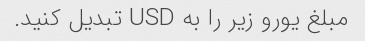
مبلغ یورو زیر را به USD تبدیل کنید.